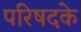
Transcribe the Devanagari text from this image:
परिषदके